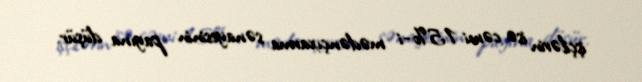
işçilərin isə cəmi 15%-i mədənçıxarma sənayesinin payına düşür.